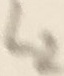
Text: L2